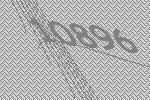
10896